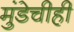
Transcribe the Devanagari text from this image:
मुंडेचीही